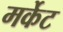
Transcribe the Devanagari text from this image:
मर्केट